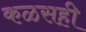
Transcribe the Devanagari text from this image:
कळसही